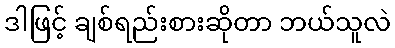
ဒါဖြင့် ချစ်ရည်းစားဆိုတာ ဘယ်သူလဲ